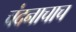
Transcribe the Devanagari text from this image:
चंदनाचाच